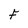
Character: F